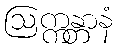
ဩက္ကန္တာနံ